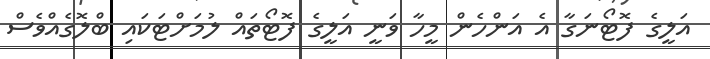
އަލީގެ ފޮޓޯނަގާ އެ އަންހެން މީހާ ވަނީ އަލީގެ ފޮޓޯތައް ލުމަށްޓަކައި ބްލޮގެއްވެސް